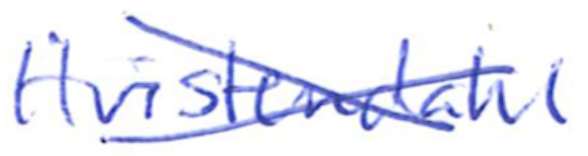
Text: Hvistendahl
Cross-out: cross
Writing tool: ballpoint